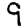
Digit: 9